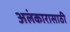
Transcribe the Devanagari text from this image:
अलंकारासाठी